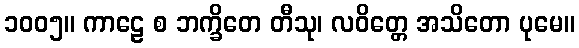
၁၀၀၅။ ကာဠေ စ ဘက္ခိတေ တီသု၊ လဝိတ္တေ အသိတော ပုမေ။